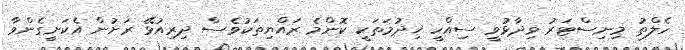
ހެލްތު މިނިސްޓަރު ވިދާޅުވީ ސިއްހީ ޚިދުމަތަކީ ކޮންމެ ރައްޔިތަކުވެސް ދިރިއުޅޭ ރަށުން އެކަށީގެންވާ